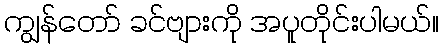
ကျွန်တော် ခင်ဗျားကို အပူတိုင်းပါမယ်။